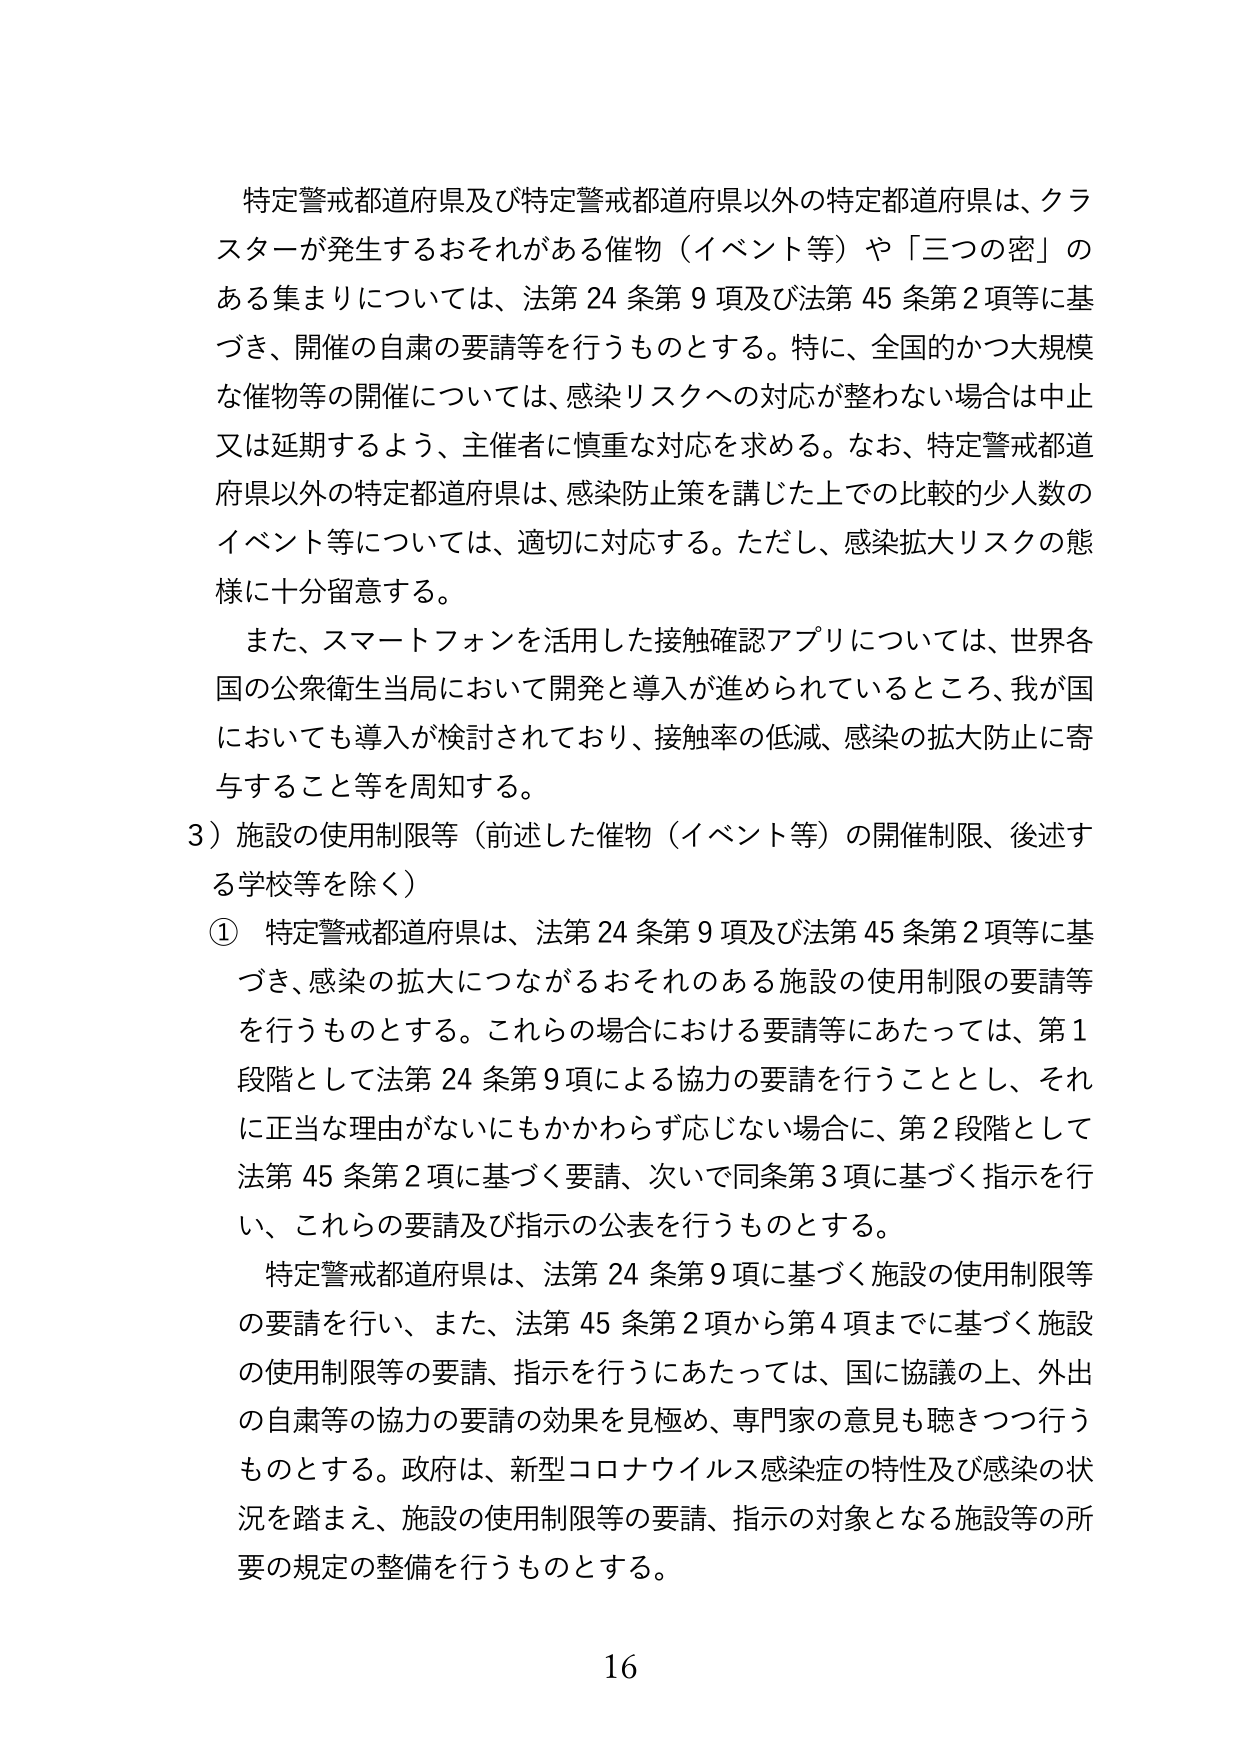
特定警戒都道府県及び特定警戒都道府県以外の特定都道府県は、クラスターが発生するおそれがある催物（イベント等）や「三つの密」のある集まりについては、法第24条第9項及び法第45条第2項等に基づき、開催の自粛の要請等を行うものとする。特に、全国的かつ大規模な催物等の開催については、感染リスクへの対応が整わない場合は中止又は延期するよう、主催者に慎重な対応を求める。なお、特定警戒都道府県以外の特定都道府県は、感染防止策を講じた上での比較的少人数のイベント等については、適切に対応する。ただし、感染拡大リスクの態様に十分留意する。

また、スマートフォンを活用した接触確認アプリについては、世界各国の公衆衛生当局において開発と導入が進められているところ、我が国においても導入が検討されており、接触率の低減、感染の拡大防止に寄与すること等を周知する。

3）施設の使用制限等（前述した催物（イベント等）の開催制限、後述する学校等を除く）

① 特定警戒都道府県は、法第24条第9項及び法第45条第2項等に基づき、感染の拡大につながるおそれのある施設の使用制限の要請等を行うものとする。これらの場合における要請等にあたっては、第1段階として法第24条第9項による協力の要請を行うこととし、それに正当な理由がないにもかかわらず応じない場合に、第2段階として法第45条第2項に基づく要請、次いで同条第3項に基づく指示を行い、これらの要請及び指示の公表を行うものとする。

特定警戒都道府県は、法第24条第9項に基づく施設の使用制限等の要請を行い、また、法第45条第2項から第4項までに基づく施設の使用制限等の要請、指示を行うにあたっては、国に協議の上、外出の自粛等の協力の要請の効果を見極め、専門家の意見も聴きつつ行うものとする。政府は、新型コロナウイルス感染症の特性及び感染の状況を踏まえ、施設の使用制限等の要請、指示の対象となる施設等の所要の規定の整備を行うものとする。

16